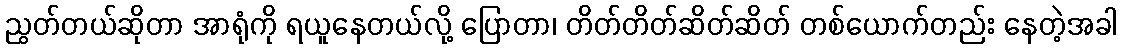
ညွတ်တယ်ဆိုတာ အာရုံကို ရယူနေတယ်လို့ ပြောတာ၊ တိတ်တိတ်ဆိတ်ဆိတ် တစ်ယောက်တည်း နေတဲ့အခါ